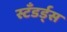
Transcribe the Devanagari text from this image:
स्टॅंडर्ड्स